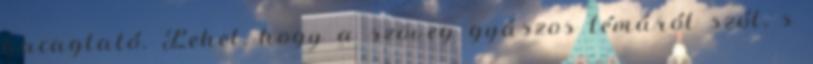
kacagtató. Lehet, hogy a szöveg gyászos témáról szól, s